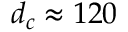
d _ { c } \approx 1 2 0